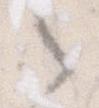
之